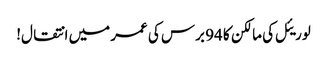
لوریئل کی مالکن کا 94 برس کی عمر میں انتقال!